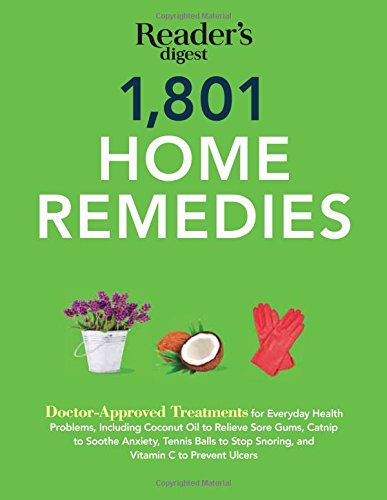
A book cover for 1801 Home Remedies: Doctor-Approved Treatments for Everyday Health Problems Including Coconut Oil to Relieve Sore Gums, Catnip to Sooth Anxiety, ... C to Prevent Ulcers (Save Time, Save Money); Editors of Reader's Digest; Health, Fitness & Dieting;